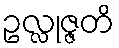
ဥလ္လုဇ္ဇတိ